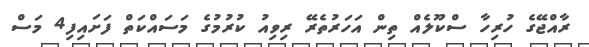
ރާއްޖޭގެ ހުރިހާ ސްކޫލެއް ތިން އަހަރުތެރޭ ރިވިއު ކުރުމުގެ މަސައްކަތް ފަށައިފި4 މަސް